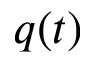
q ( t )